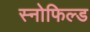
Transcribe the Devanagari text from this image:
स्‍नोफिल्‍ड